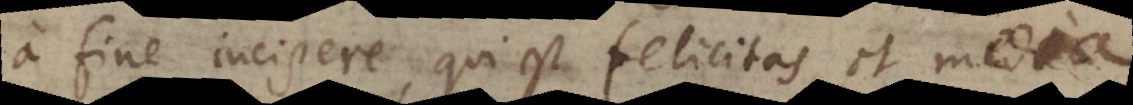
a fine incipere, qui est felicitas, et media